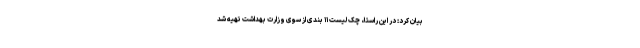
بیان کرد: در این راستا، چک لیست ۱۱ بندی از سوی وزارت بهداشت تهیه شد